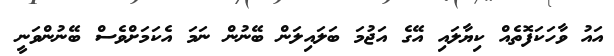
އައު ވާހަކަފޮތެއް ކިޔާލައި އޭގެ އަޖުމަ ބަލައިލަން ބޭނުން ނަމަ އެކަމަށްވެސް ބޭނުންވަނީ